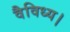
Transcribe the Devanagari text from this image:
वैविध्य।